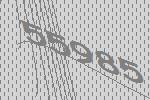
55985